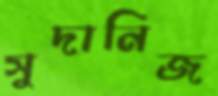
সুদানিজ